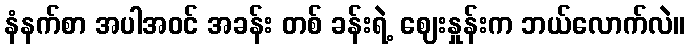
နံနက်စာ အပါအဝင် အခန်း တစ် ခန်းရဲ့ ဈေးနှုန်းက ဘယ်လောက်လဲ။